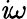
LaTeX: \mathit{i}\omega